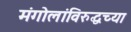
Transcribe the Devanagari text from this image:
मंगोलांविरुद्धच्या